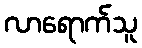
လာရောက်သူ